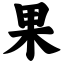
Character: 果